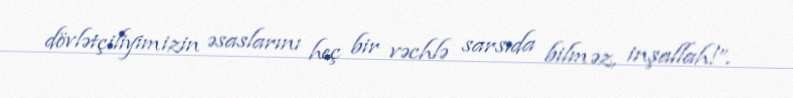
dövlətçiliyimizin əsaslarını heç bir vəchlə sarsıda bilməz, inşallah!”.